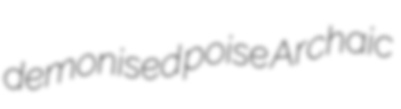
demonised poise Archaic